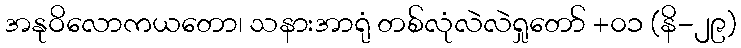
အနုဝိလောကယတော၊ သနားအာရုံ တစ်လုံလဲလဲရှုတော် +၀၁ (နိ-၂၉)